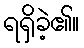
ရရှိခဲ့၏။